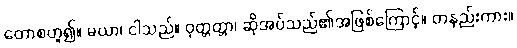
တောစဟူ၍။ မယာ၊ ငါသည်။ ဝုတ္တတ္တာ၊ ဆိုအပ်သည်၏အဖြစ်ကြောင့်။ တနည်းကား။